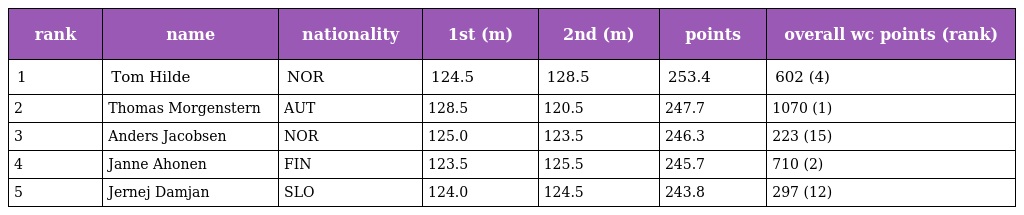
| rank | name | nationality | 1st (m) | 2nd (m) | points | overall wc points (rank) |
 | --- | --- | --- | --- | --- | --- | --- |
 | 1 | Tom Hilde | NOR | 124.5 | 128.5 | 253.4 | 602 (4) |
 | 2 | Thomas Morgenstern | AUT | 128.5 | 120.5 | 247.7 | 1070 (1) |
 | 3 | Anders Jacobsen | NOR | 125.0 | 123.5 | 246.3 | 223 (15) |
 | 4 | Janne Ahonen | FIN | 123.5 | 125.5 | 245.7 | 710 (2) |
 | 5 | Jernej Damjan | SLO | 124.0 | 124.5 | 243.8 | 297 (12) |